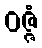
ဝဇ္ဇံ